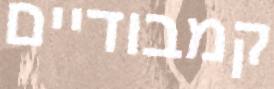
קמבודיים